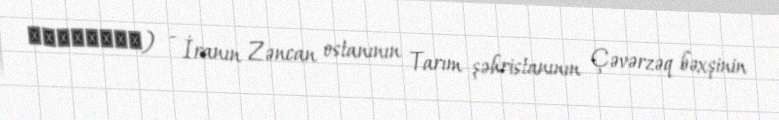
سرخ‌آباد) - İranın Zəncan ostanının Tarım şəhristanının Çəvərzəq bəxşinin